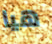
هيا